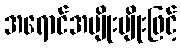
အရောင်အမျိုးမျိုးဖြင့်